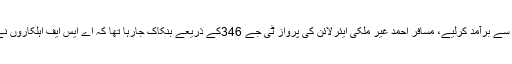
لاہور ائیرپورٹ پر اے ایس نے مجموعی طور پر47 ہزار ڈالر مسافر کے بیگ سے برآمد کرلیے، مسافر احمد غیر ملکی ایئرلائن کی پرواز ٹی جے 346کے ذریعے بنکاک جارہا تھا کہ اے ایس ایف اہلکاروں نے مسافر کے سامان کی تلاشی لی تو بیگ میں سے 47 ہزار ڈالر برآمد کر لیے۔